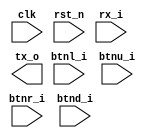
`timescale 1ns / 1ps


module bil265_proje_top(
input  clk,      // clock 
input  rst_n,    // active-low reset 
input  btnl_i,   // Left button 
input  btnu_i,   // Upper button 
input  btnr_i,   // Right button 
input  btnd_i,   // Down button 
input  rx_i,     // UART receive 
output reg tx_o      // UART transmit
    );



 
endmodule